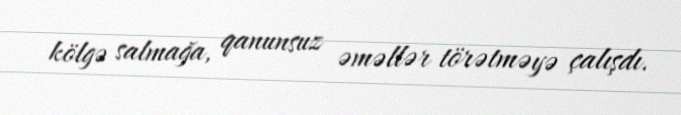
kölgə salmağa, qanunsuz əməllər törətməyə çalışdı.